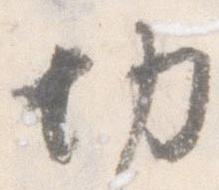
切